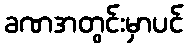
ခဏအတွင်းမှာပင်